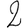
Digit: 2